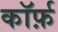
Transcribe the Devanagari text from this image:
कॉर्फ़